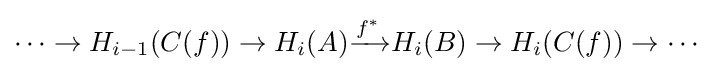
\dots \to H_{i-1}(C(f))\to H_{i}(A){\xrightarrow {f^{*}}}H_{i}(B)\to H_{i}(C(f))\to \cdots